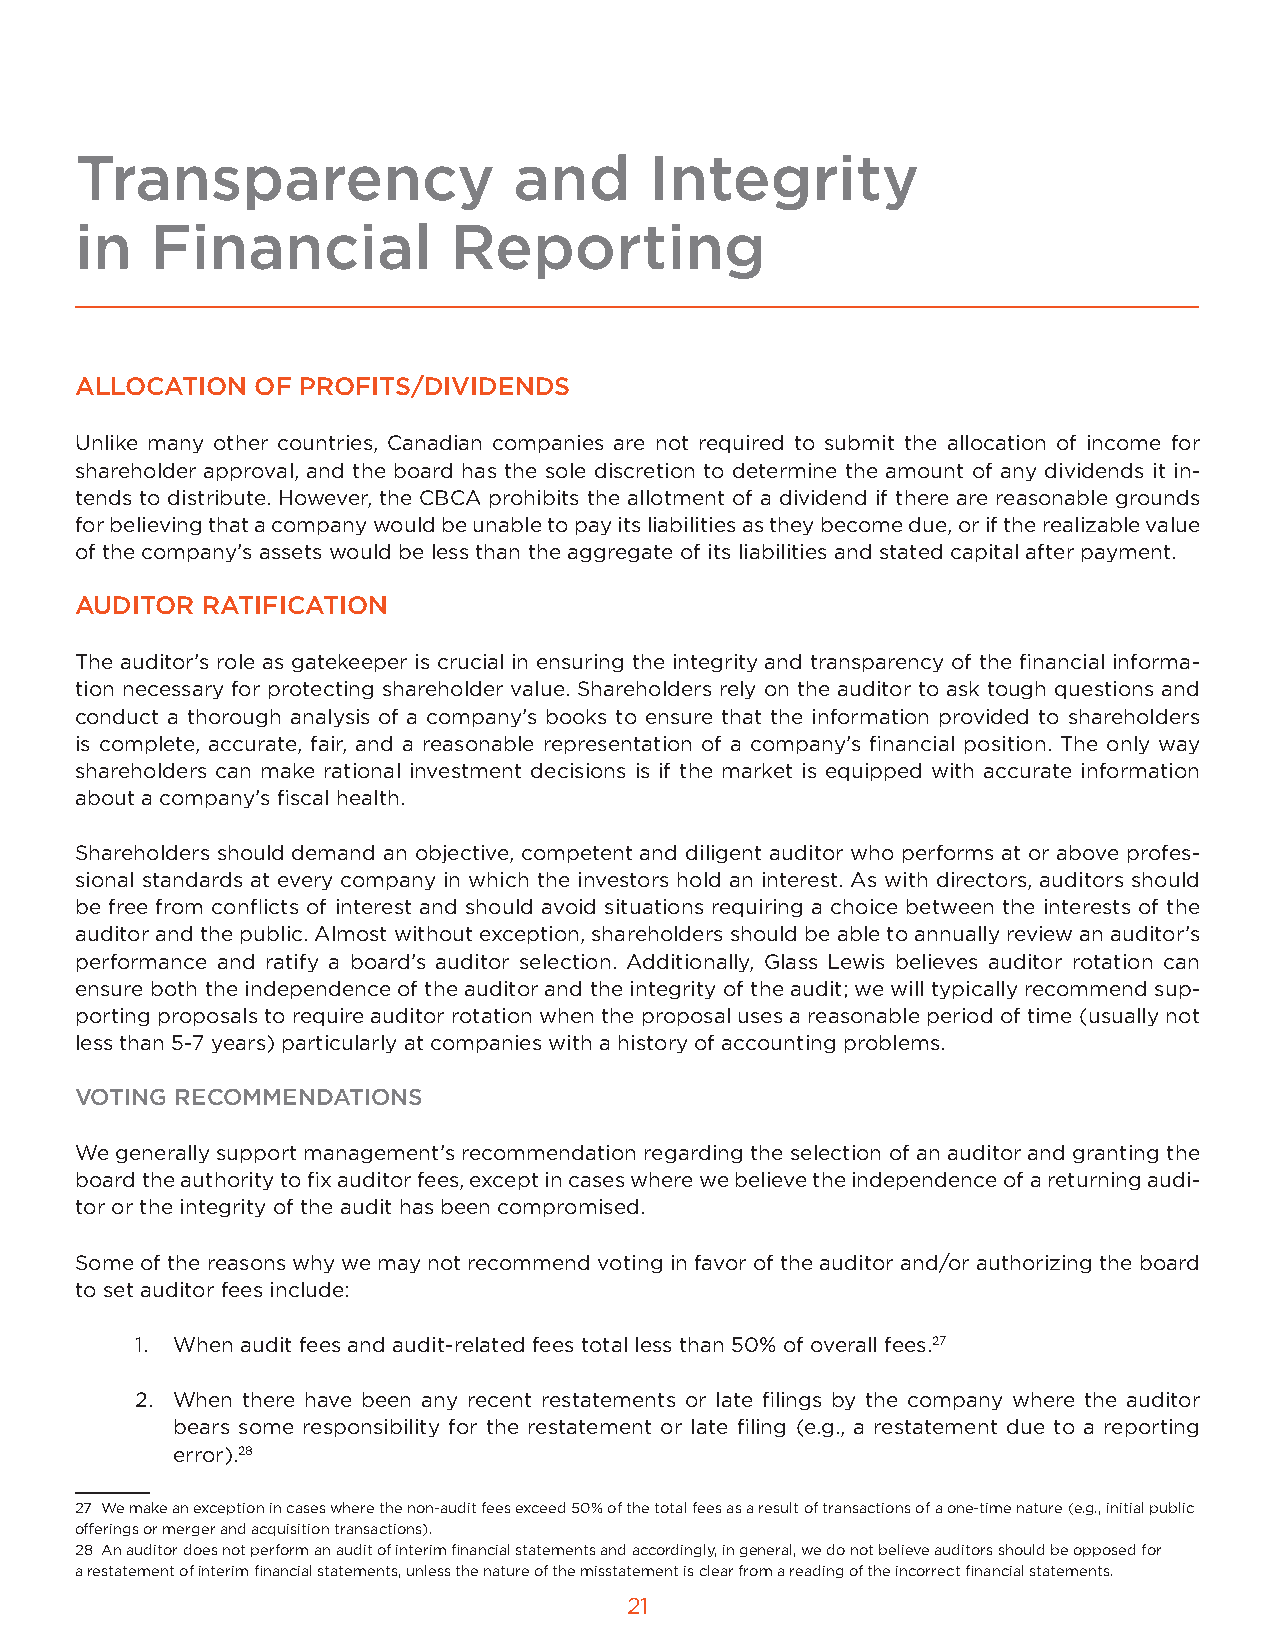
Transparency                 and      Integrity
 in   Financial           Reporting
 ALLOCATION  OF PROFITS/DIVIDENDS
 Unlike many other countries, Canadian companies are not required to submit the allocation of income for
 shareholder approval, and the board has the sole discretion to determine the amount of any dividends it in-
 tends to distribute. However, the CBCA prohibits the allotment of a dividend if there are reasonable grounds
 for believing that a company would be unable to pay its liabilities as they become due, or if the realizable value
 of the company’s assets would be less than the aggregate of its liabilities and stated capital after payment.
 AUDITOR RATIFICATION
 The auditor’s role as gatekeeper is crucial in ensuring the integrity and transparency of the financial informa-
 tion necessary for protecting shareholder value. Shareholders rely on the auditor to ask tough questions and
 conduct a thorough analysis of a company’s books to ensure that the information provided to shareholders
 is complete, accurate, fair, and a reasonable representation of a company’s financial position. The only way
 shareholders can make rational investment decisions is if the market is equipped with accurate information
 about a company’s fiscal health.
 Shareholders should demand an objective, competent and diligent auditor who performs at or above profes-
 sional standards at every company in which the investors hold an interest. As with directors, auditors should
 be free from conflicts of interest and should avoid situations requiring a choice between the interests of the
 auditor and the public. Almost without exception, shareholders should be able to annually review an auditor’s
 performance and ratify a board’s auditor selection. Additionally, Glass Lewis believes auditor rotation can
 ensure both the independence of the auditor and the integrity of the audit; we will typically recommend sup-
 porting proposals to require auditor rotation when the proposal uses a reasonable period of time (usually not
 less than 5-7 years) particularly at companies with a history of accounting problems.
 VOTING RECOMMENDATIONS
 We generally support management’s recommendation regarding the selection of an auditor and granting the
 board the authority to fix auditor fees, except in cases where we believe the independence of a returning audi-
 tor or the integrity of the audit has been compromised.
 Some of the reasons why we may not recommend voting in favor of the auditor and/or authorizing the board
 to set auditor fees include:
 1. When audit fees and audit-related fees total less than 50% of overall fees.27
 2. When there have been any recent restatements or late filings by the company where the auditor
 bears some responsibility for the restatement or late filing (e.g., a restatement due to a reporting
 error).28
 27 We make an exception in cases where the non-audit fees exceed 50% of the total fees as a result of transactions of a one-time nature (e.g., initial public
 offerings or merger and acquisition transactions).
 28 An auditor does not perform an audit of interim financial statements and accordingly, in general, we do not believe auditors should be opposed for
 a restatement of interim financial statements, unless the nature of the misstatement is clear from a reading of the incorrect financial statements.
 21